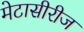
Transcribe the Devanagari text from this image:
मेटासीरीज